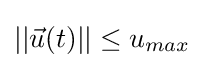
||{\vec {u}}(t)||\leq u_{max}